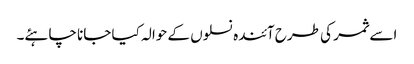
اسے ثمر کی طرح آئندہ نسلوں کے حوالہ کیا جانا چاہئے۔